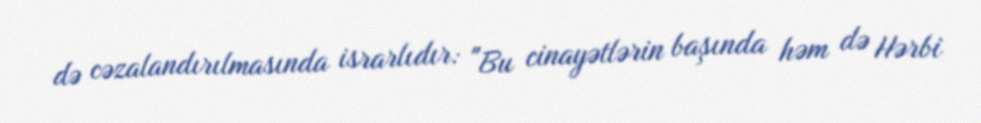
də cəzalandırılmasında israrlıdır: "Bu cinayətlərin başında həm də Hərbi